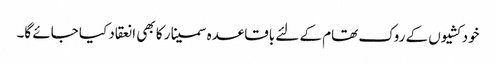
خودکشیوں کے روک تھام کے لئے باقاعدہ سمینار کا بھی انعقاد کیا جائے گا۔